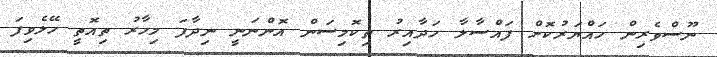
ނޫސްވެރިން ހައްޔަރުކޮށް ފައްސާލާ ހަދާއިރު ތިކޮމިސަން އޮންނަނީ ނިދާފަ މިހާރު ތިއޮތީ ހޭލެވިފަ